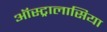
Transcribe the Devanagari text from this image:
ऑस्ट्रालासिया